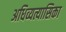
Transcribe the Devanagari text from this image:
अधिव्यत्यासिका